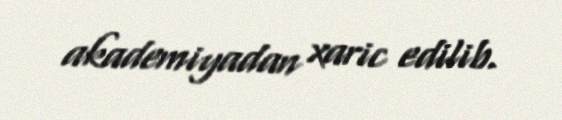
akademiyadan xaric edilib.